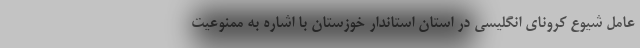
عامل شیوع کرونای انگلیسی در استان استاندار خوزستان با اشاره به ممنوعیت